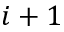
i + 1